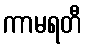
ကာမရတီ